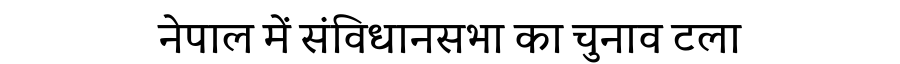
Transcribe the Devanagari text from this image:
नेपाल में संविधानसभा का चुनाव टला